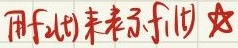
用$f(t)$来表示$f_1(t)$ 如